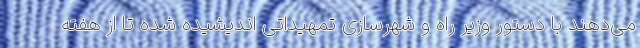
می‌دهند با دستور وزیر راه و شهرسازی تمهیداتی اندیشیده شده تا از هفته